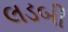
લડબી